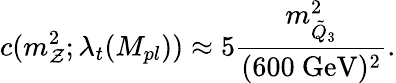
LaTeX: c(m_{\mathcal{Z}}^{2};\lambda_{t}(M_{pl}))\approx5\frac{{m_{\tilde{{Q}}_{3}}^{2}}}{{(\mathrm{{600~GeV}})^{2}}}.